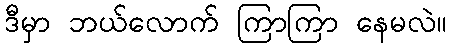
ဒီမှာ ဘယ်လောက် ကြာကြာ နေမလဲ။